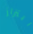
ابتزاز